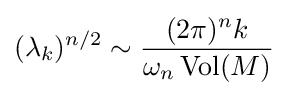
(\lambda _{k})^{n/2}\sim {\frac {(2\pi )^{n}k}{\omega _{n}\operatorname {Vol} (M)}}